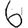
Digit: 6